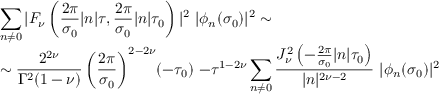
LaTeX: \begin{array} { l } { { { \displaystyle \sum _ { n \neq 0 } | F _ { \nu } \left( \frac { 2 \pi } { \sigma _ { 0 } } | n | \tau , \frac { 2 \pi } { \sigma _ { 0 } } | n | \tau _ { 0 } \right) | ^ { 2 } ~ | \phi _ { n } ( \sigma _ { 0 } ) | ^ { 2 } \sim } } } \\ { { { \displaystyle \sim \frac { 2 ^ { 2 \nu } } { \Gamma ^ { 2 } ( 1 - \nu ) } \left( \frac { 2 \pi } { \sigma _ { 0 } } \right) ^ { 2 - 2 \nu } \! ( - \tau _ { 0 } ) ~ { - \tau } ^ { 1 - 2 \nu } \sum _ { n \neq 0 } ^ { } \frac { J _ { \nu } ^ { 2 } \left( - \frac { 2 \pi } { \sigma _ { 0 } } | n | \tau _ { 0 } \right) } { | n | ^ { 2 \nu - 2 } } ~ | \phi _ { n } ( \sigma _ { 0 } ) | ^ { 2 } } } } \end{array}